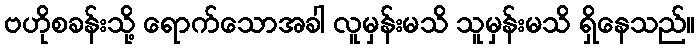
ဗဟိုစခန်းသို့ ရောက်သောအခါ လူမှန်းမသိ သူမှန်းမသိ ရှိနေသည်။